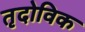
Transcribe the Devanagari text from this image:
तृदोविक